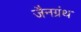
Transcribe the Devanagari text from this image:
जैनग्रंथ